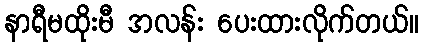
နာရီမထိုးမီ အလန်း ပေးထားလိုက်တယ်။